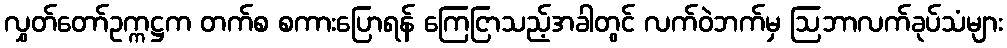
လွှတ်တော်ဥက္ကဋ္ဌက တက်စ စကားပြောရန် ကြေငြာသည့်အခါတွင် လက်ဝဲဘက်မှ ဩဘာလက်ခုပ်သံများ